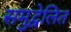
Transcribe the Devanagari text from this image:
समुद्वेलित